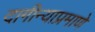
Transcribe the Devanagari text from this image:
दागीन्याप्रमाणे